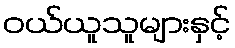
ဝယ်ယူသူများနှင့်